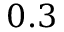
0 . 3